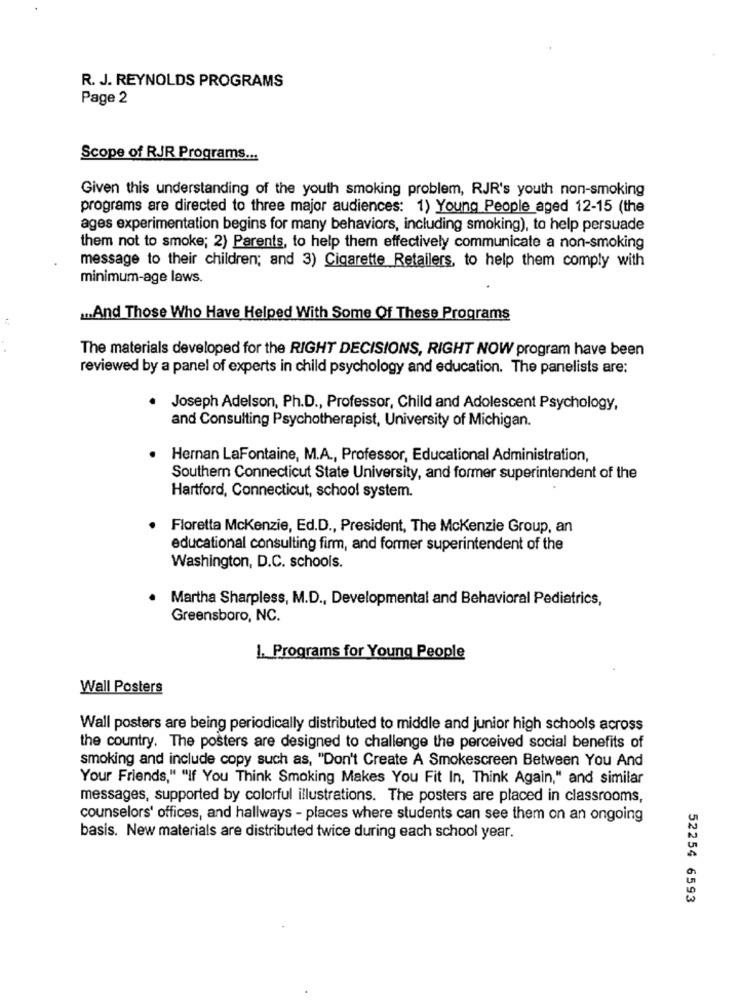
R. J. REYNOLDS PROGRAMS
Page 2
Scope of RJR Programs ...
Given this understanding of the youth smoking problem, RJR's youth non-smoking
programs are directed to three major audiences: 1) Young People aged 12-15 (the
ages experimentation begins for many behaviors, including smoking), to help persuade
them not to smoke; 2) Parents, to help them effectively communicate a non-smoking
message to their children; and 3) Cigarette Retailers, to help them comply with
minimum-age laws.
.. And Those Who Have Helped With Some Of These Programs
The materials developed for the RIGHT DECISIONS, RIGHT NOW program have been
reviewed by a panel of experts in child psychology and education. The panelists are:
.
Joseph Adelson, Ph.D ., Professor, Child and Adolescent Psychology,
and Consulting Psychotherapist, University of Michigan.
Hernan LaFontaine, M.A ., Professor, Educational Administration,
Southern Connecticut State University, and former superintendent of the
Hartford, Connecticut, school system.
Floretta Mckenzie, Ed.D ., President, The Mckenzie Group, an
educational consulting firm, and former superintendent of the
Washington, D.C. schools.
. Martha Sharpless, M.D ., Developmental and Behavioral Pediatrics,
Greensboro, NC.
1. Programs for Young People
Wall Posters
Wall posters are being periodically distributed to middle and junior high schools across
the country. The posters are designed to challenge the perceived social benefits of
smoking and include copy such as, "Don't Create A Smokescreen Between You And
Your Friends," "If You Think Smoking Makes You Fit In, Think Again," and similar
messages, supported by colorful illustrations. The posters are placed in classrooms,
counselors' offices, and hallways - places where students can see them on an ongoing
basis. New materials are distributed twice during each school year.
52254 6593